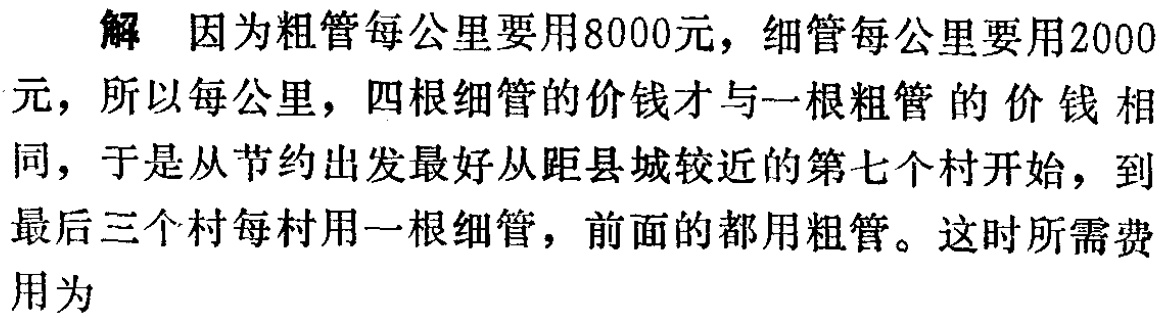
解 因为粗管每公里要用8000元，细管每公里要用2000元，所以每公里，四根细管的价钱才与一根粗管的价钱相同，于是从节约出发最好从距县城较近的第七个村开始，到最后三个村每村用一根细管，前面的都用粗管。这时所需费用为